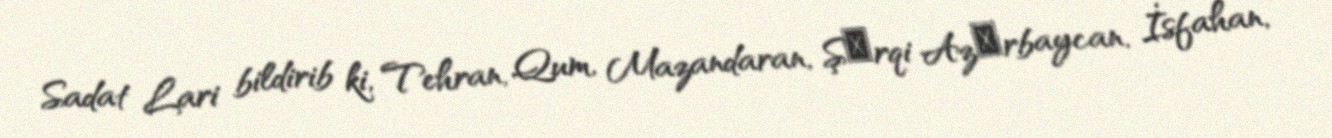
Sadat Lari bildirib ki, Tehran, Qum, Mazandaran, Şәrqi Azәrbaycan, İsfahan,